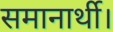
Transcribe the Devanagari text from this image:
समानार्थी।